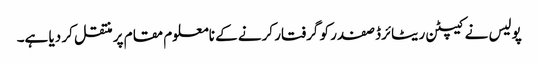
پولیس نے کیپٹن ریٹائرڈ صفدر کو گرفتار کرنے کے نامعلوم مقام پر منتقل کر دیا ہے۔